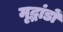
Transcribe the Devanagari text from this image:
मृद्भांडों